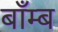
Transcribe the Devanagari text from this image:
बाँम्ब